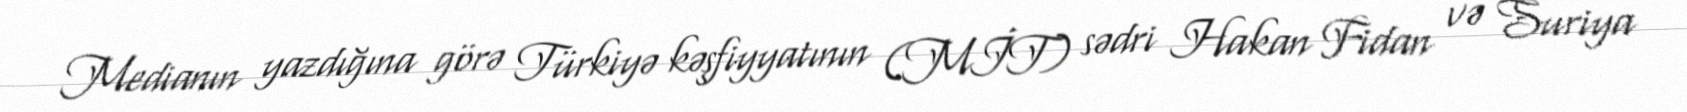
Medianın yazdığına görə Türkiyə kəşfiyyatının (MİT) sədri Hakan Fidan və Suriya